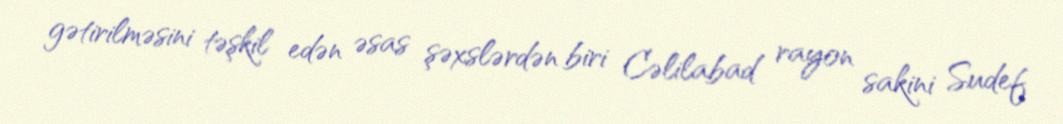
gətirilməsini təşkil edən əsas şəxslərdən biri Cəlilabad rayon sakini Sudef